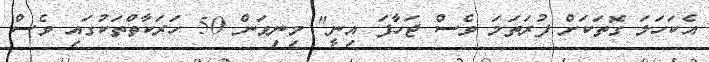
އެކަހަލަ ގޮތަކަށް ފުރަތަމަ ވެސް ޖަހާފަ އިނީ" މިނިވަން 50 ހަރަކާތްތަކުގައި ވެސް